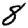
Digit: 8